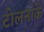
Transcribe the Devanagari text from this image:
टोलनाके